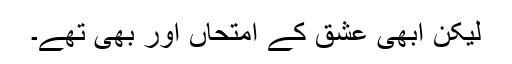
لیکن ابھی عشق کے امتحاں اور بھی تھے۔